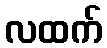
လထက်